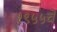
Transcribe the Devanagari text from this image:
१९५५चे